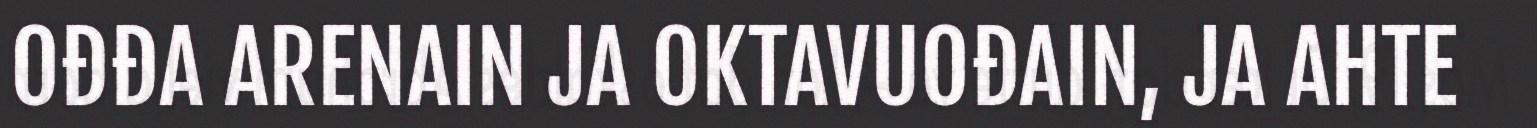
OĐĐA ARENAIN JA OKTAVUOĐAIN, JA AHTE